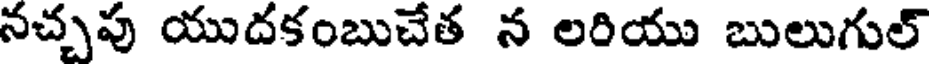
నచ్చపు యుదకంబుచేత న లరియు బులుగుల్